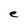
Character: e